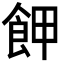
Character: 𩚲